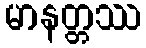
မာနတ္တဿ